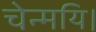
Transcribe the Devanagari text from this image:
चेन्मयि।